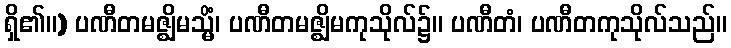
ရှိ၏။) ပဏီတမဇ္ဈိမသ္မိံ၊ ပဏီတမဇ္ဈိမကုသိုလ်၌။ ပဏီတံ၊ ပဏီတကုသိုလ်သည်။